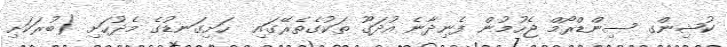
ކުޝިންގ ސިންޑްރޯމް ޖެހުމުން ފެނިދާނެ އުދަގޫ ތަކުގެތެރޭގައި  ހަށިގަނޑުގެ މެދުހަށި (ބުރަކަށި